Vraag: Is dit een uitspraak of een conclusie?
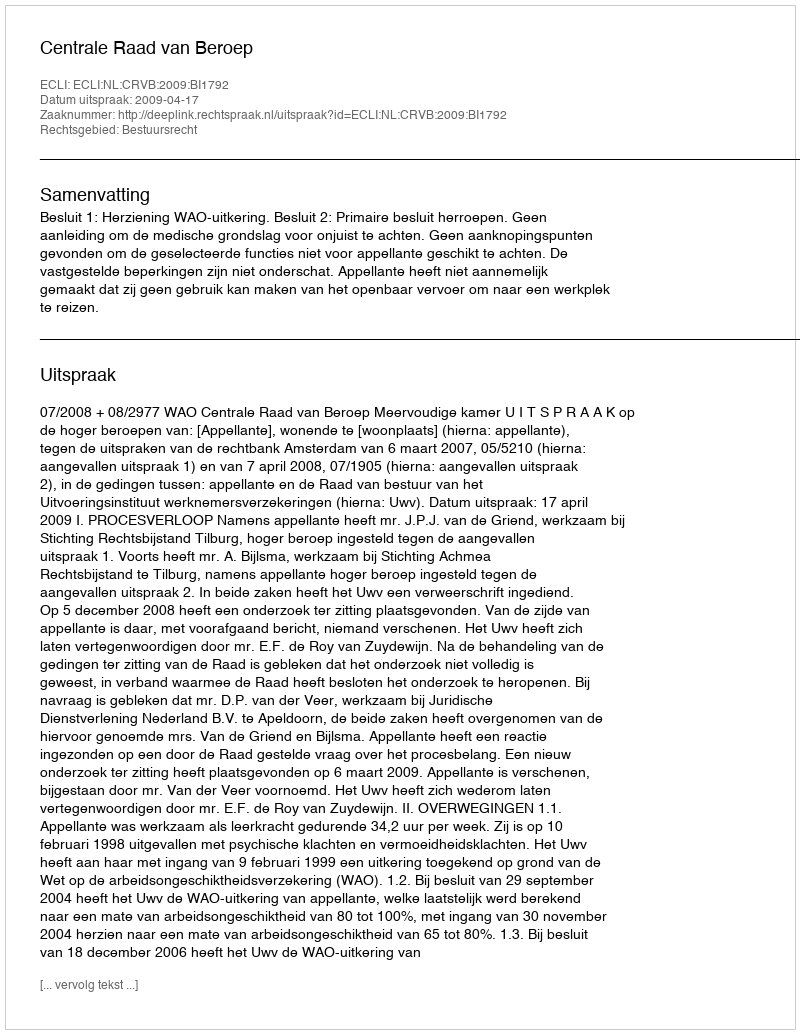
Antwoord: Uitspraak